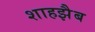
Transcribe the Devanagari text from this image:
शाहझैब